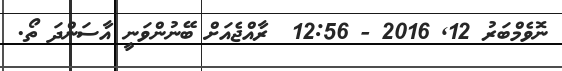
ނޮވެމްބަރު 12